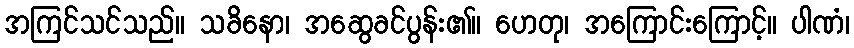
အကြင်သင်သည်။ သခိနော၊ အဆွေခင်ပွန်း၏။ ဟေတု၊ အကြောင်းကြောင့်။ ပါဏံ၊